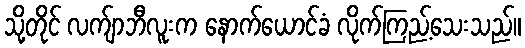
သို့တိုင် လက်ျာဘီလူးက နောက်ယောင်ခံ လိုက်ကြည့်သေးသည်။